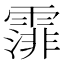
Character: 𩄼